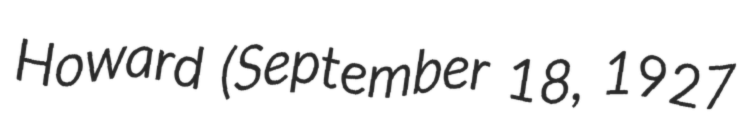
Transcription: Howard (September 18, 1927